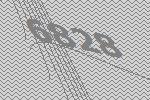
6828